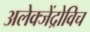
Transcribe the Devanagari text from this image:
अलेक्जेंद्रोविच